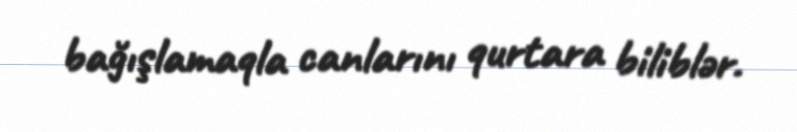
bağışlamaqla canlarını qurtara biliblər.